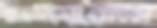
রাইসুলের